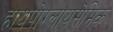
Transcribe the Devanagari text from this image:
हायपोग्लायसेमिक